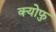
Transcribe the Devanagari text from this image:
क्योफु